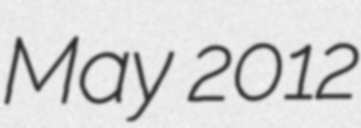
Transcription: May 2012